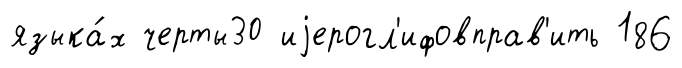
языка́х черты30 иjерогл'ифовправ'ить 186